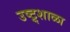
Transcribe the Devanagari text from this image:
उष्ट्र्शाळा